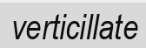
verticillate